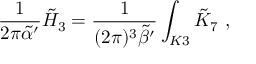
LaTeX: \frac { 1 } { 2 \pi { \tilde { \alpha } } ^ { \prime } } { \tilde { H } } _ { 3 } = \frac { 1 } { ( 2 \pi ) ^ { 3 } { \tilde { \beta } } ^ { \prime } } \int _ { K 3 } { \tilde { K } } _ { 7 } \ ,